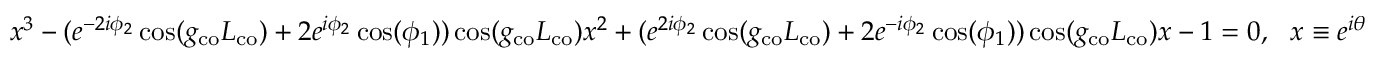
x ^ { 3 } - ( e ^ { - 2 i \phi _ { 2 } } \cos ( g _ { \mathrm { c o } } L _ { \mathrm { c o } } ) + 2 e ^ { i \phi _ { 2 } } \cos ( \phi _ { 1 } ) ) \cos ( g _ { \mathrm { c o } } L _ { \mathrm { c o } } ) x ^ { 2 } + ( e ^ { 2 i \phi _ { 2 } } \cos ( g _ { \mathrm { c o } } L _ { \mathrm { c o } } ) + 2 e ^ { - i \phi _ { 2 } } \cos ( \phi _ { 1 } ) ) \cos ( g _ { \mathrm { c o } } L _ { \mathrm { c o } } ) x - 1 = 0 , \ \ x \equiv e ^ { i \theta }